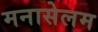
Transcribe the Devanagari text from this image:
मनासेलम